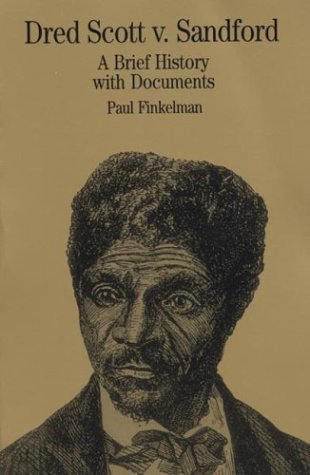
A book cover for Dred Scott v. Sandford: A Brief History with Documents (Bedford Cultural Editions Series); Paul Finkelman; History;